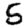
Digit: 5